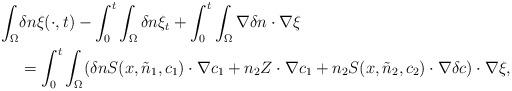
LaTeX: \begin{align*}\begin{aligned}\int_{\Omega}&\delta n \xi(\cdot,t)-\int_{0}^{t}\int_{\Omega} \delta n \xi_{t} +\int_{0}^{t}\int_{\Omega}\nabla\delta n\cdot \nabla \xi\\&=\int_{0}^{t}\int_{\Omega}( \delta n S(x,\tilde{n}_{1},c_{1}) \cdot \nabla c_{1} +n_{2} Z \cdot \nabla c_{1} +n_{2}S(x,\tilde{n}_{2},c_{2}) \cdot \nabla \delta c)\cdot \nabla \xi,\end{aligned}\end{align*}